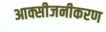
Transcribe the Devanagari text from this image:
आक्सीजनीकरण